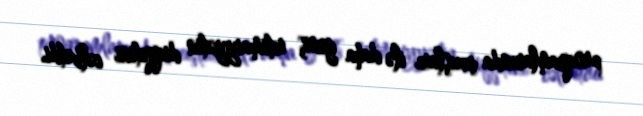
proqramlarında çıxışları ilə daha geniş ictimaiyyətin diqqətini cəlb etdi.